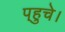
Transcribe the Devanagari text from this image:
प्‌हुचे।